Indian journal of veterinary science and animal husbandry - Volumes 26-27, 1956-1957
Year: 1956
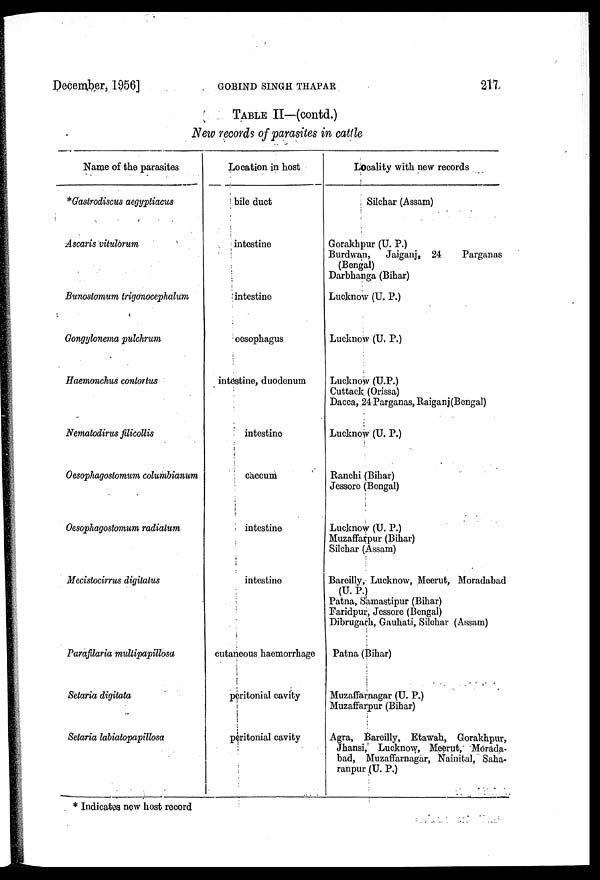
December, 1956]
GOBIND
SINGH
THAPAR
217
TABLE II—(contd.)
New records of parasites in cattle
Name of the parasites
*Gastrodiscus aegyptiacus
Ascaris vitulorum
Bunostomum trigonocephalum
Gongylonema pulchrum
Haemonchus contortus
Nematodirus filicollis
Oesophagostomum columbianum,
Oesophagostomum radiatum
Mecistocirrus digitatus
Parafilaria multipapillosa
Setaria digitata
Setaria labiatopapillosa
Location in host
bile duct
intestine
intestine
oesophagus
intestine, duodenum
intestine
caecum
intestine
intestine
cutaneous haemorrhage
peritonial cavity
peritonial cavity
Locality with new records
Silchar (Assam)
Gorakhpur (U. P.)
Burdwan,
Jaiganj, 24
Parganas
(Bengal)
Darbhanga (Bihar)
Lucknow (U. P.)
Lucknow (U. P.)
Lucknow (U.P.)
Cuttack. (Orissa)
Dacca, 24 Parganas, Raiganj (Bengal)
Lucknow (U. P.)
Ranchi (Bihar)
Jessore (Bengal)
Lucknow (U. P.)
Muzaffarpur (Bihar)
Silchar (Assam)
Bareilly, Lucknow, Meerut, Moradabad
(U. P.)
Patna, Samastipur (Bihar)
Faridpur, Jessore (Bengal)
Dibrugarh, Gauhati, Silchar (Assam)
Patna (Bihar)
Muzaffarnagar (U. P.)
Muzaffarpur (Bihar)
Agra, Bareilly, Etawah, Gorakhpur,
Jhansi, Lucknow, Meerut, Morada-
bad, Muzaffarnagar, Nainital, Saha-
ranpur (U. P.)
* Indicates new host record